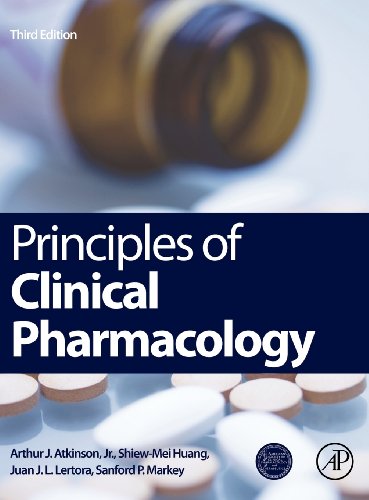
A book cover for Principles of Clinical Pharmacology, Third Edition; Medical Books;